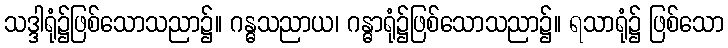
သဒ္ဒါရုံ၌ဖြစ်သောသညာ၌။ ဂန္ဓသညာယ၊ ဂန္ဓာရုံ၌ဖြစ်သောသညာ၌။ ရသာရုံ၌ ဖြစ်သော